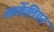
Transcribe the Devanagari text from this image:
आर्केलियन